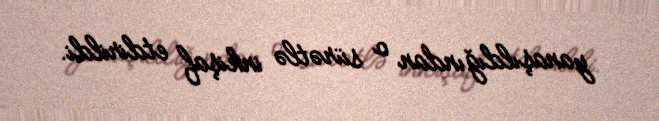
yanaşıldığından o sürətlə inkişaf etdirildi.